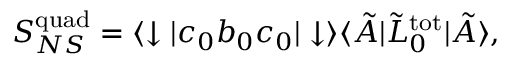
S _ { N S } ^ { \mathrm { q u a d } } = \langle \downarrow | c _ { 0 } b _ { 0 } c _ { 0 } | \downarrow \rangle \langle \tilde { A } | \tilde { L } _ { 0 } ^ { \mathrm { t o t } } | \tilde { A } \rangle ,